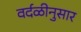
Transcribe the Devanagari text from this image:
वर्दळीनुसार